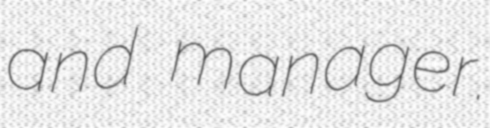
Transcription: and manager.